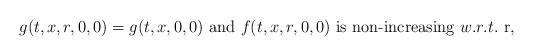
LaTeX: \begin{align*}g(t,x,r,0,0)=g(t,x,0,0)~\textrm{and}~f(t,x,r,0,0)~ \textrm{is}~ \textrm{non-increasing} ~w.r.t.~ \textrm{r},\end{align*}